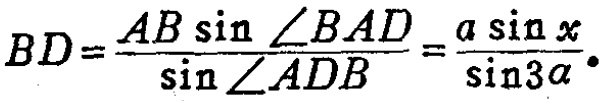
\(BD=\frac{AB\sin\angle BAD}{\sin\angle ADB}=\frac{a\sin x}{\sin3\alpha}\)